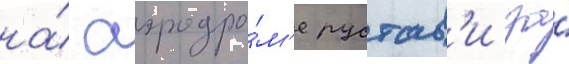
на́ аэродро́м'е рустав'и за́